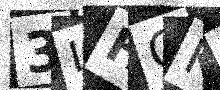
Text: 3LHGK8